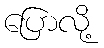
ပြောလို့